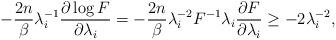
LaTeX: \begin{align*} -\frac{2n}{\beta}\lambda_{i}^{-1}\frac{\partial\log F}{\partial \lambda_{i}}=-\frac{2n}{\beta}\lambda_{i}^{-2}F^{-1}\lambda_{i}\frac{\partial F}{\partial \lambda_{i}}\geq-2\lambda_{i}^{-2}, \end{align*}